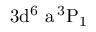
\mathrm { 3 d ^ { 6 } \ a \, ^ { 3 } P _ { 1 } }